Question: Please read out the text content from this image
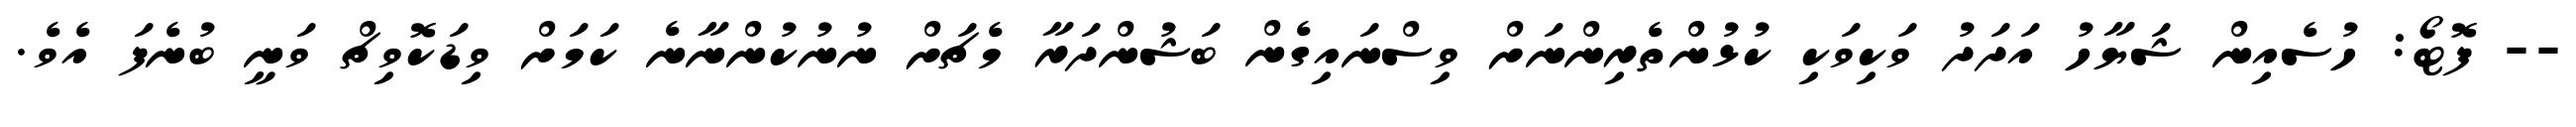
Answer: -- ފޮޓޯ: ހުސެއިން ޝަޔާހު އަދަދު ވަކިވަކި ކުޅުންތެރިންނަށް ވިސްނައިގެން ބަޝުންދަރާ މެޗަށް ނުނުކުންނާނެ ކަމަށް ވިޑަކޮވިޗް ވަނީ ބުނެފަ އެވެ.